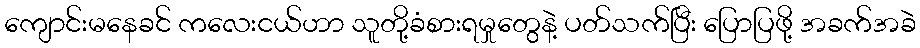
ကျောင်းမနေခင် ကလေးငယ်ဟာ သူတို့ခံစားရမှုတွေနဲ့ ပတ်သက်ပြီး ပြောပြဖို့ အခက်အခဲ